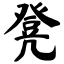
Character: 凳